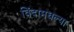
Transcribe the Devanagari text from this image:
विंदामधल्या